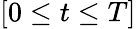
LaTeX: [0\le t\le T]